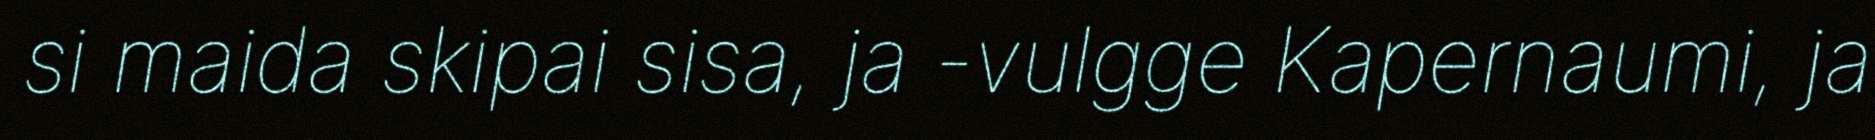
si maida skipai sisa, ja -vulgge Kapernaumi, ja